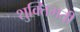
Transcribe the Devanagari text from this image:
शुक्तिमती